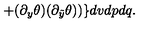
+ ( \partial _ { y } \theta ) ( \partial _ { \tilde { y } } \theta ) ) \} d v d p d q .